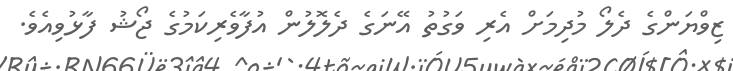
ޒިވްޔަންގެ ދެލޯ މުދިމަށް އެރި ވަގުތު އޭނަގެ ދެލޮލުން އުފާވެރިކަމުގެ ޖޯޝު ފާޅުވިއެވެ.